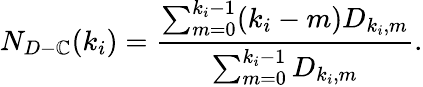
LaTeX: N_{D-\mathbb{C}}(k_{i})=\frac{{\sum_{m=0}^{k_{i}-1}(k_{i}-m)D_{k_{i},m}}}{{\sum_{m=0}^{k_{i}-1}D_{k_{i},m}}}.